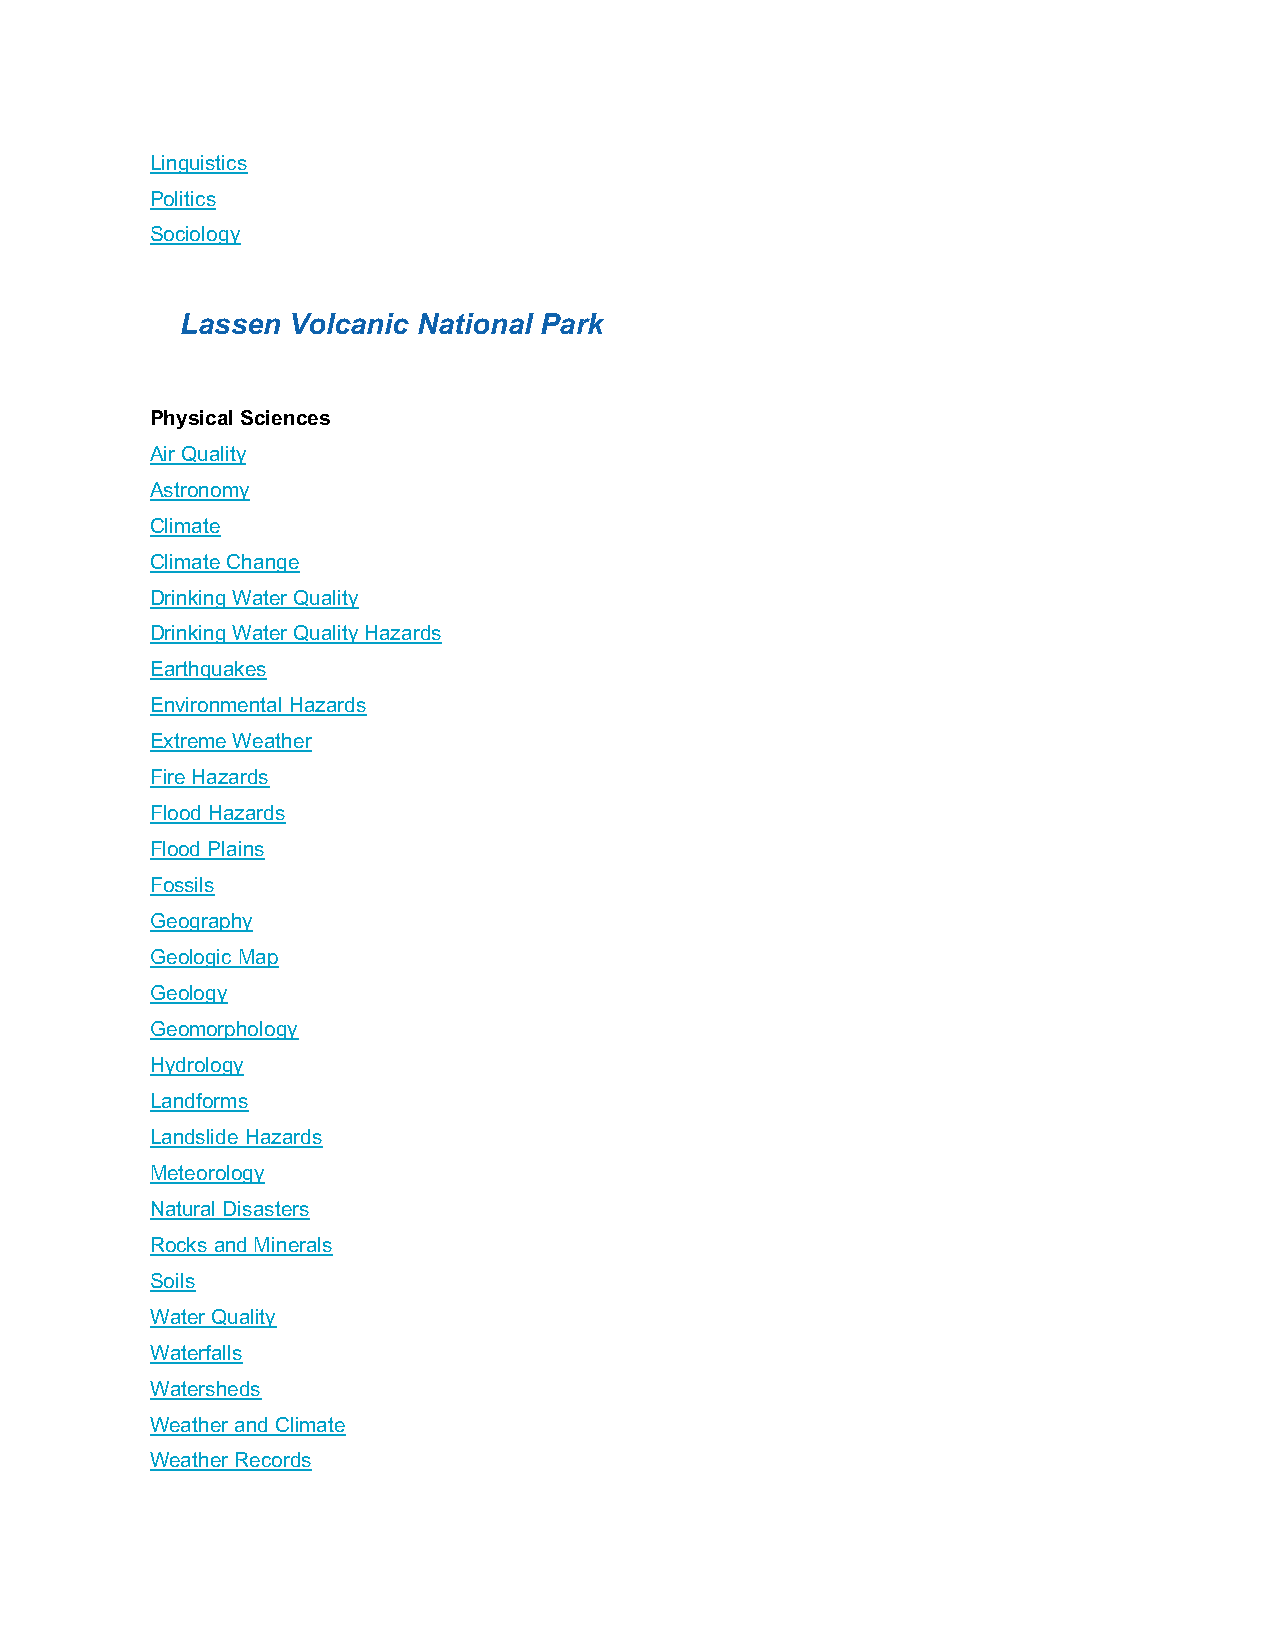
Linguistics
 Politics
 Sociology
 Lassen Volcanic National Park
 Physical Sciences
 Air Quality
 Astronomy
 Climate
 Climate Change
 Drinking Water Quality
 Drinking Water Quality Hazards
 Earthquakes
 Environmental Hazards
 Extreme Weather
 Fire Hazards
 Flood Hazards
 Flood Plains
 Fossils
 Geography
 Geologic Map
 Geology
 Geomorphology
 Hydrology
 Landforms
 Landslide Hazards
 Meteorology
 Natural Disasters
 Rocks and Minerals
 Soils
 Water Quality
 Waterfalls
 Watersheds
 Weather and Climate
 Weather Records